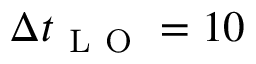
\Delta t _ { \mathrm { ~ L ~ O ~ } } = 1 0